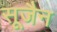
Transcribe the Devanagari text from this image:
सूजैन